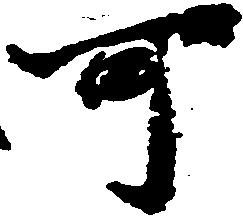
可